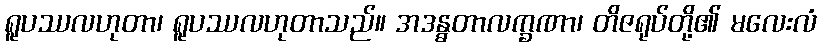
ရူပဿလဟုတာ၊ ရူပဿလဟုတာသည်။ အဒန္ဓတာလက္ခဏာ၊ တိဇရုပ်တို့၏ မလေးလံ